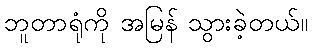
ဘူတာရုံကို အမြန် သွားခဲ့တယ်။